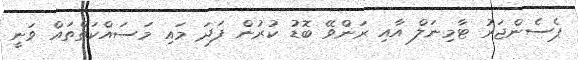
ޕެސެންޖަރު ޓާމިނަލް އާއި ރަންވޭ ބޮޑު ކުރުން ފަދަ މައި މަސައްކަތްތައް ވަނީ